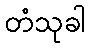
တံသုခါ